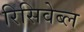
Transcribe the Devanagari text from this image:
रिसिवेब्ल